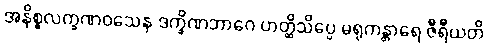
အနိစ္စလက္ခဏဝသေန ဒက္ခိဏဘာဂေ ဟတ္ထိသိပ္ပေ မရုကန္တာရေ ဇီရီယတိ